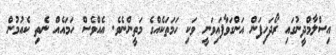
އިސްލާމްދީނުގައި ރޯދަހިފަން އަންގަވާފައިވަނީ ވަކި ހަމަތަކެއްގެ މަތީންނެވެ. އެއްވެސް ހަމައެއް ނެތި ކެއުމުން